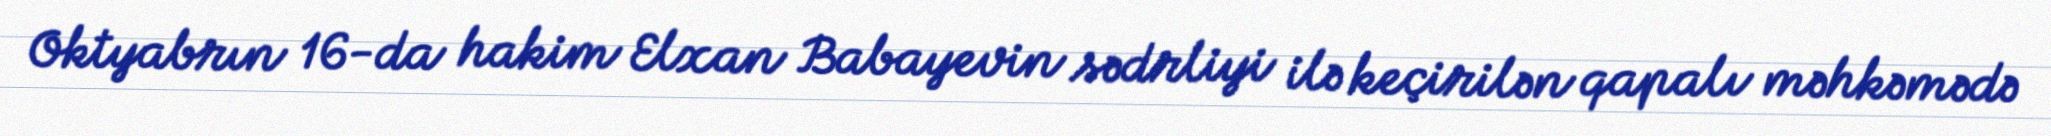
Oktyabrın 16-da hakim Elxan Babayevin sədrliyi ilə keçirilən qapalı məhkəmədə